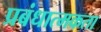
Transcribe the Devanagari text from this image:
प्रबंधात्मकता